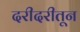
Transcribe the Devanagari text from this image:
दरीदरीतून